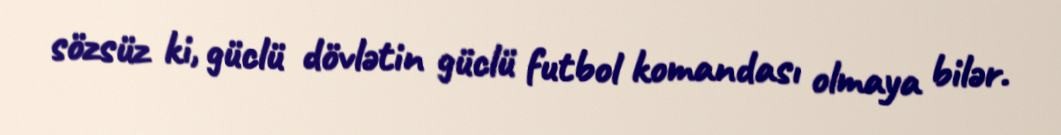
sözsüz ki, güclü dövlətin güclü futbol komandası olmaya bilər.